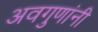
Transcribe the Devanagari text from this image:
अवगुणांनी